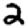
Digit: 2